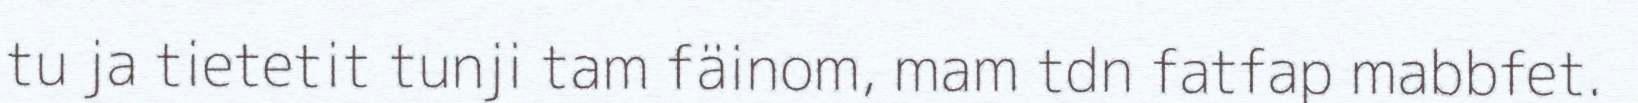
tu ja tietetit tunji tam fäinom, mam tdn fatfap mabbfet.